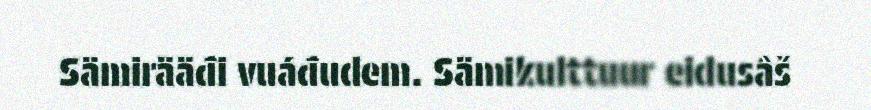
Sämirääđi vuáđudem. Sämikulttuur eidusâš